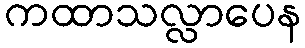
ကထာသလ္လာပေန